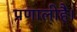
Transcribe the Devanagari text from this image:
प्रणालीहै।